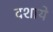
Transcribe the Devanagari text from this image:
दशाये